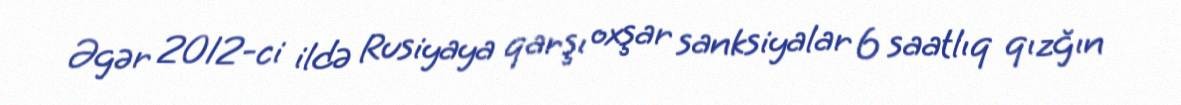
Əgər 2012-ci ildə Rusiyaya qarşı oxşar sanksiyalar 6 saatlıq qızğın